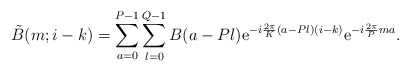
\begin{align*}\tilde{B}(m;i-k)=\sum_{a=0}^{P-1}\sum_{l=0}^{Q-1} B(a-Pl) {\rm e}^{-i{2\pi\over K}(a-Pl)(i-k)} {\rm e}^{-i{2\pi\over P}ma}.\end{align*}